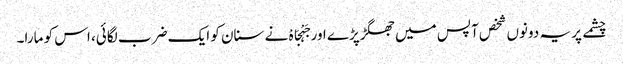
چشمے پر یہ دونوں شخص آپس میں جھگڑپڑے اور جَہْجَاہْ نے سنان کو ایک ضرب لگائی، اس کو مارا۔